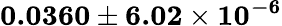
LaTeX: \mathbf{0.0360\pm 6.02\times 10^{-6}}